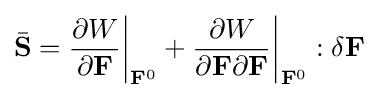
{\bar {\bf {S}}}={\frac {\partial W}{\partial {\bf {F}}}}{\bigg |}_{{\bf {F}}^{0}}+{\frac {\partial W}{\partial {\bf {F}}\partial {\bf {F}}}}{\bigg |}_{{\bf {F}}^{0}}:\delta {\bf {F}}